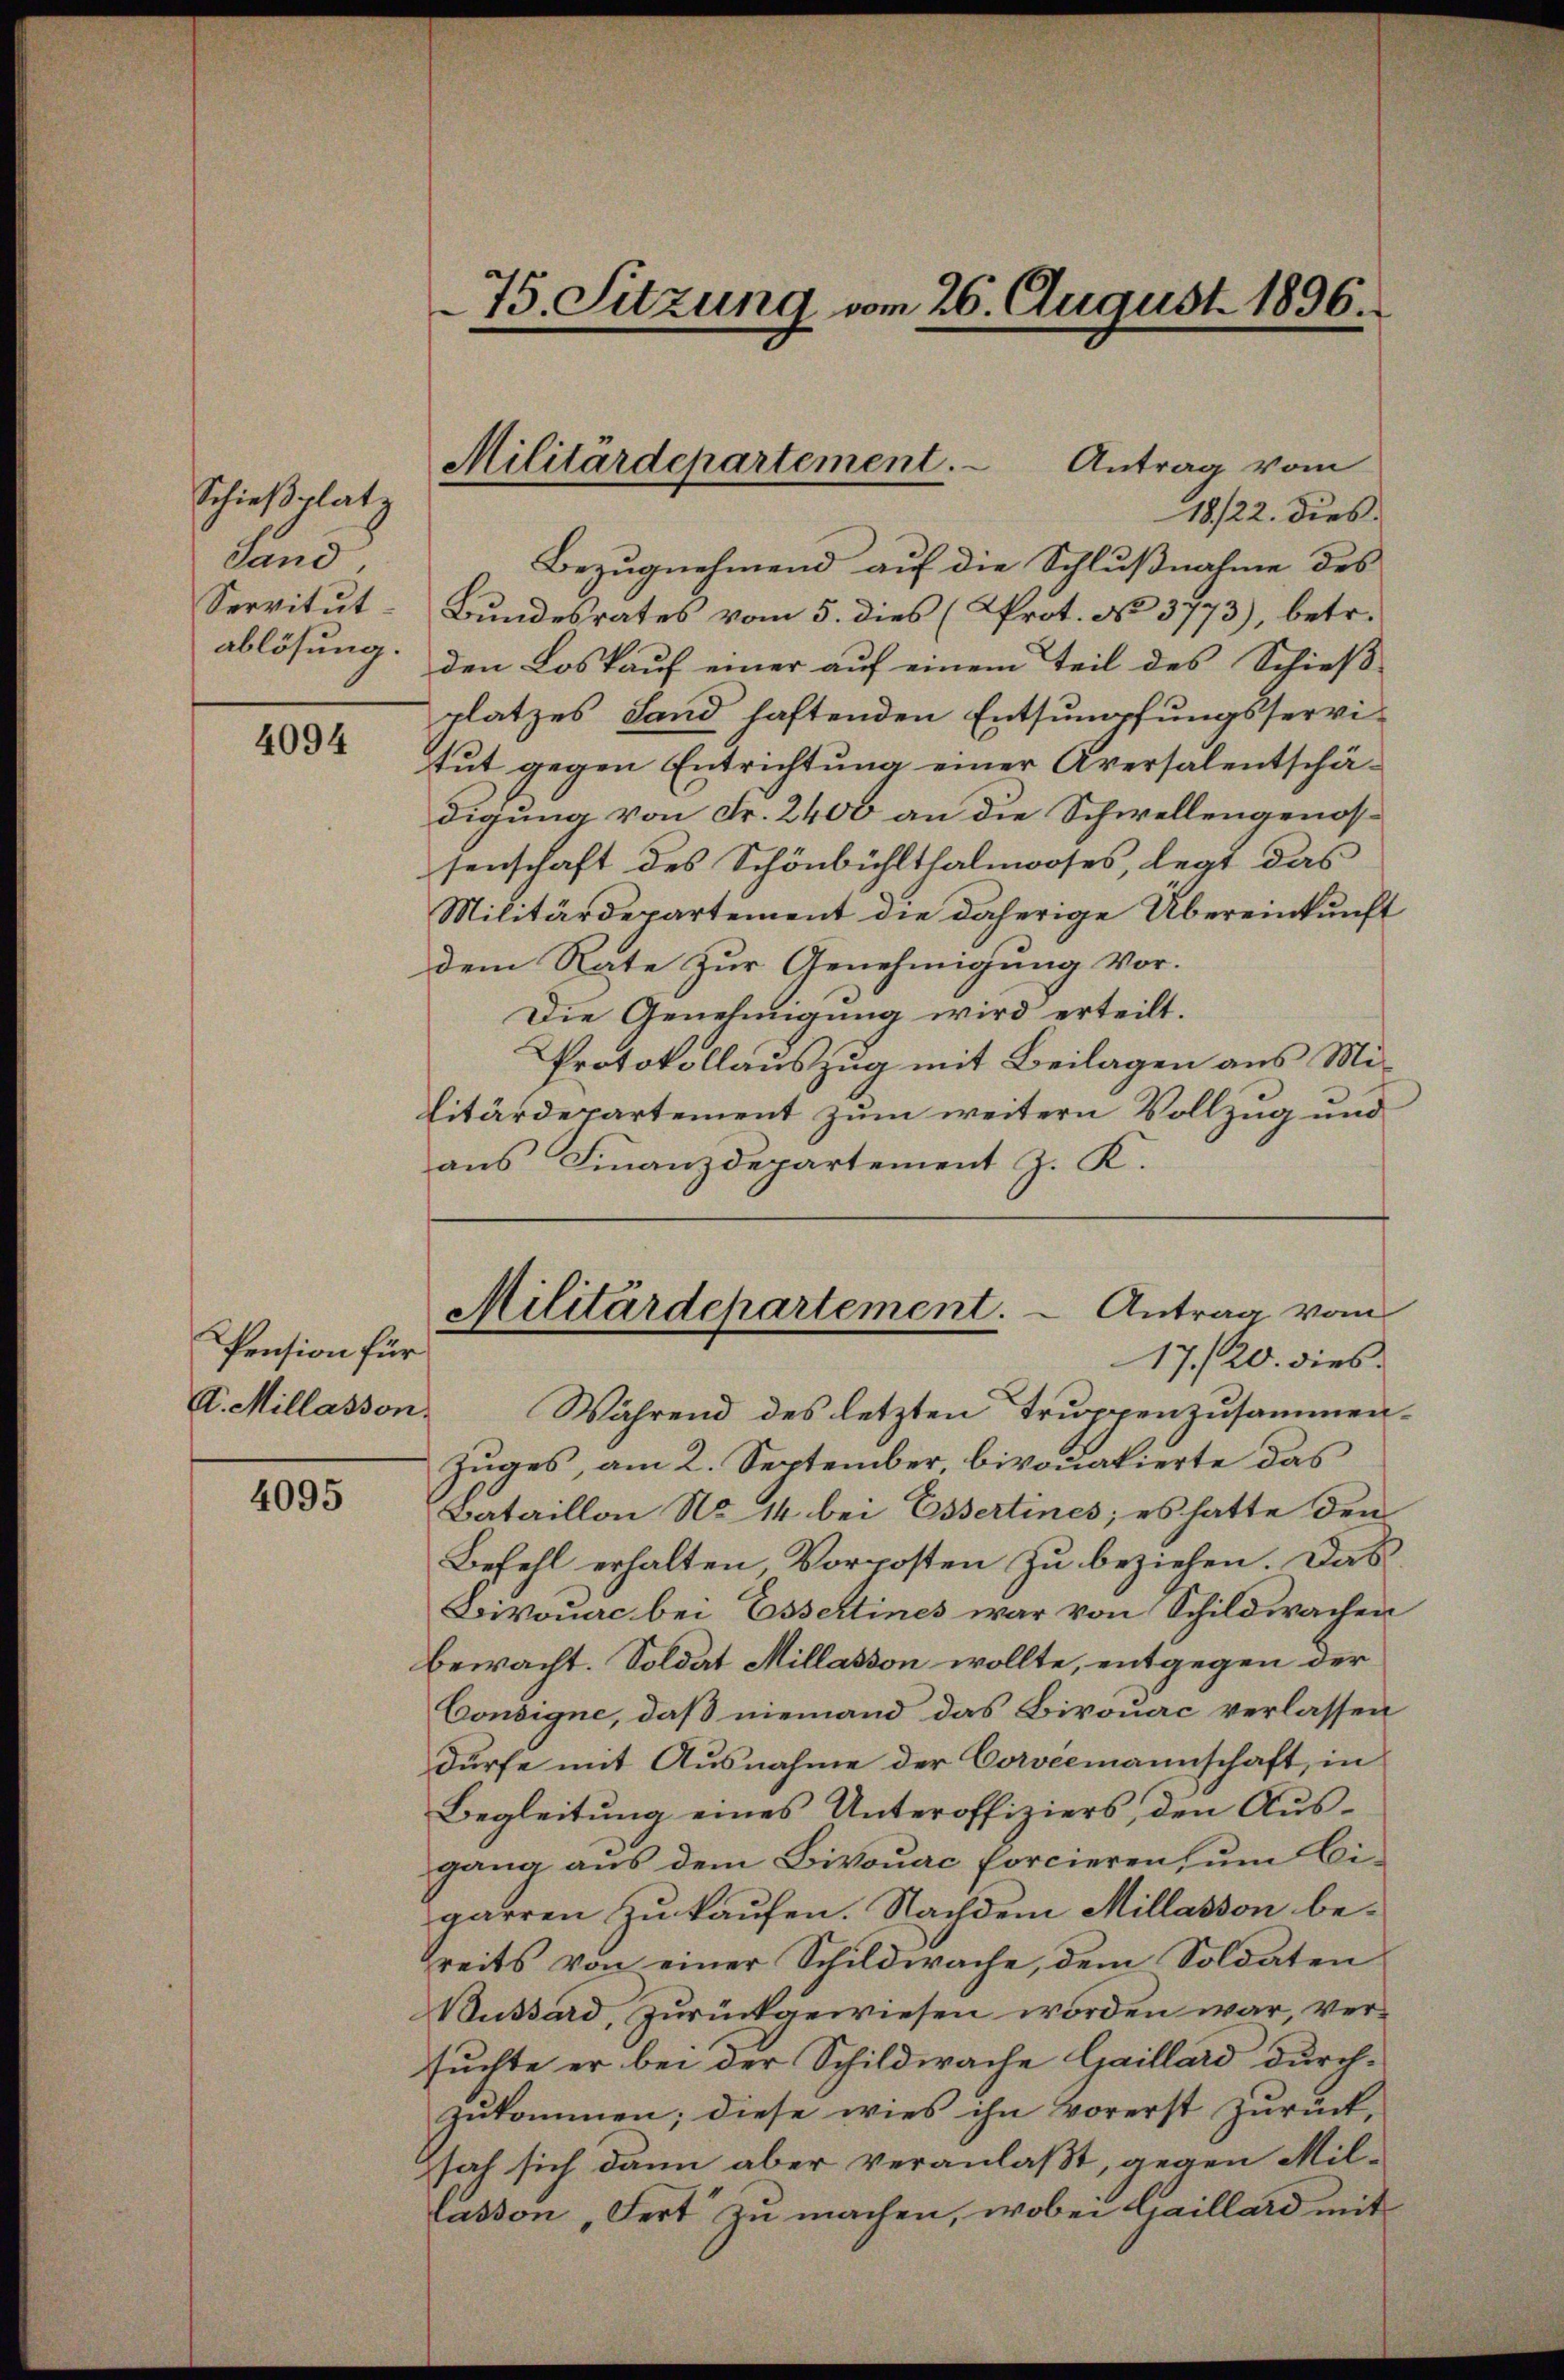
Schießplatz
dand,
Servitut
ablösung.

4094

4095

Pension für
A. Millasson.

75. Sitzung vom 26. August 1896.

Militärdepartement. - Antrag vom

Während des letzten Truppenzusammen¬
Zuges, am 2. September bivouatierte das
Bataillon No 14 bei Essertines; es hatte den
Befehl erhalten, Vorposten zu beziehen. Das
Bivouac bei Essertines war von Schildwachen
bewacht. Soldat Millasson wollte, entgegen der
Consigne, daß niemand das Birouac verlassen
dürfe mit Ausnahme der Corvermannschaft, in
Begleitung eines Unteroffiziers, den Ausgang aus dem Bivouac forcieren, um Bigarren zu kaufen. Nachdem Millasson bereits von einer Schildwache, dem Soldaten
Bussard, zurückgewiesen worden war, versuchte er bei der Schildwache Gaillard durchzukommen; diese wies ihn vorerst zurück,
sah sich dann aber veranlaßt, gegen Mil¬
Lasson „Fert zu machen, wobei Caillard mit

18/22. dies
Bezugnehmend auf die Schlußnahme des
Bundesrates vom 5. dies (Prot. No 3773), betr.
den Loskauf einer auf einem Teil des Schieß-
platzes Land haftenden Entsumpfungsservitut gegen Entrichtung einer Aversalentschädigung von Fr. 2400 an die Schwellengenossenschaft des Schönbühlthalmoses, legt das
Militärdepartement die daherige Übereinkunft
dem Rate zur Genehmigung vor.
Die Genehmigung wird erteilt.
Protokollauszug mit Beilagen aus Mi¬
Litärdepartement zum weitern Vollzug und
aus Finanzdepartement J. K.

Militärdepartement. - Antrag vom
17./20. dies